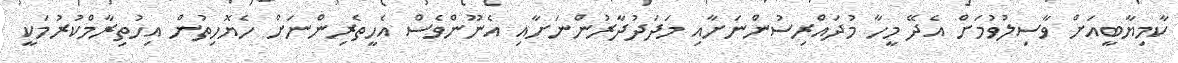
ކާމިޔާބީއަށް ވާސިލުވުމަށް އެދޭ މީހާ މުދައްރިސުންނަށާއި މަދަދުދާރުންނަށާއި އެނޫންވެސް އެހީތެރިންނަށް ހެޔޮހިތުން އިހުތިރާމްކުރުމަކީ